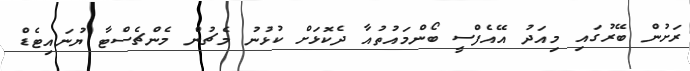
ރަށުން ބޭރުގައި މިއަދު އޭއެފްސީ ބޯންމައުތުއާ ދެކޮޅަށް ކުޅުނު މެޗުން މެންޗެސްޓާ ޔުނައިޓެޑް